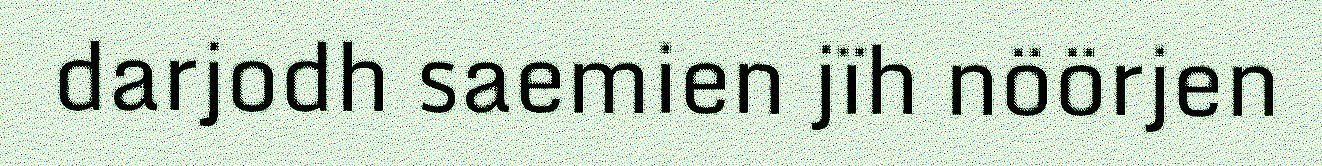
darjodh saemien jïh nöörjen